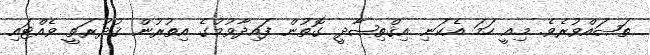
ތަޞައްވުރެވެ. މިއީ ހަމަ އެކަނި އިޤްތިޞާދީ ގޮތުން ފައިދާވުމުގެ އިތުރުން ޤުދުރަތީ ވެއްޓައި